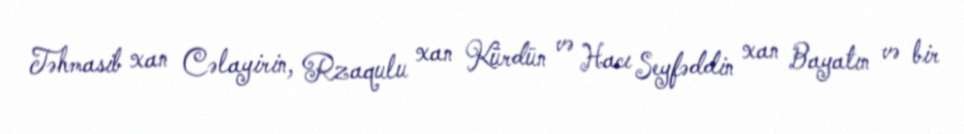
Təhmasib xan Cəlayirin, Rzaqulu xan Kürdün və Hacı Seyfəddin xan Bayatın və bir